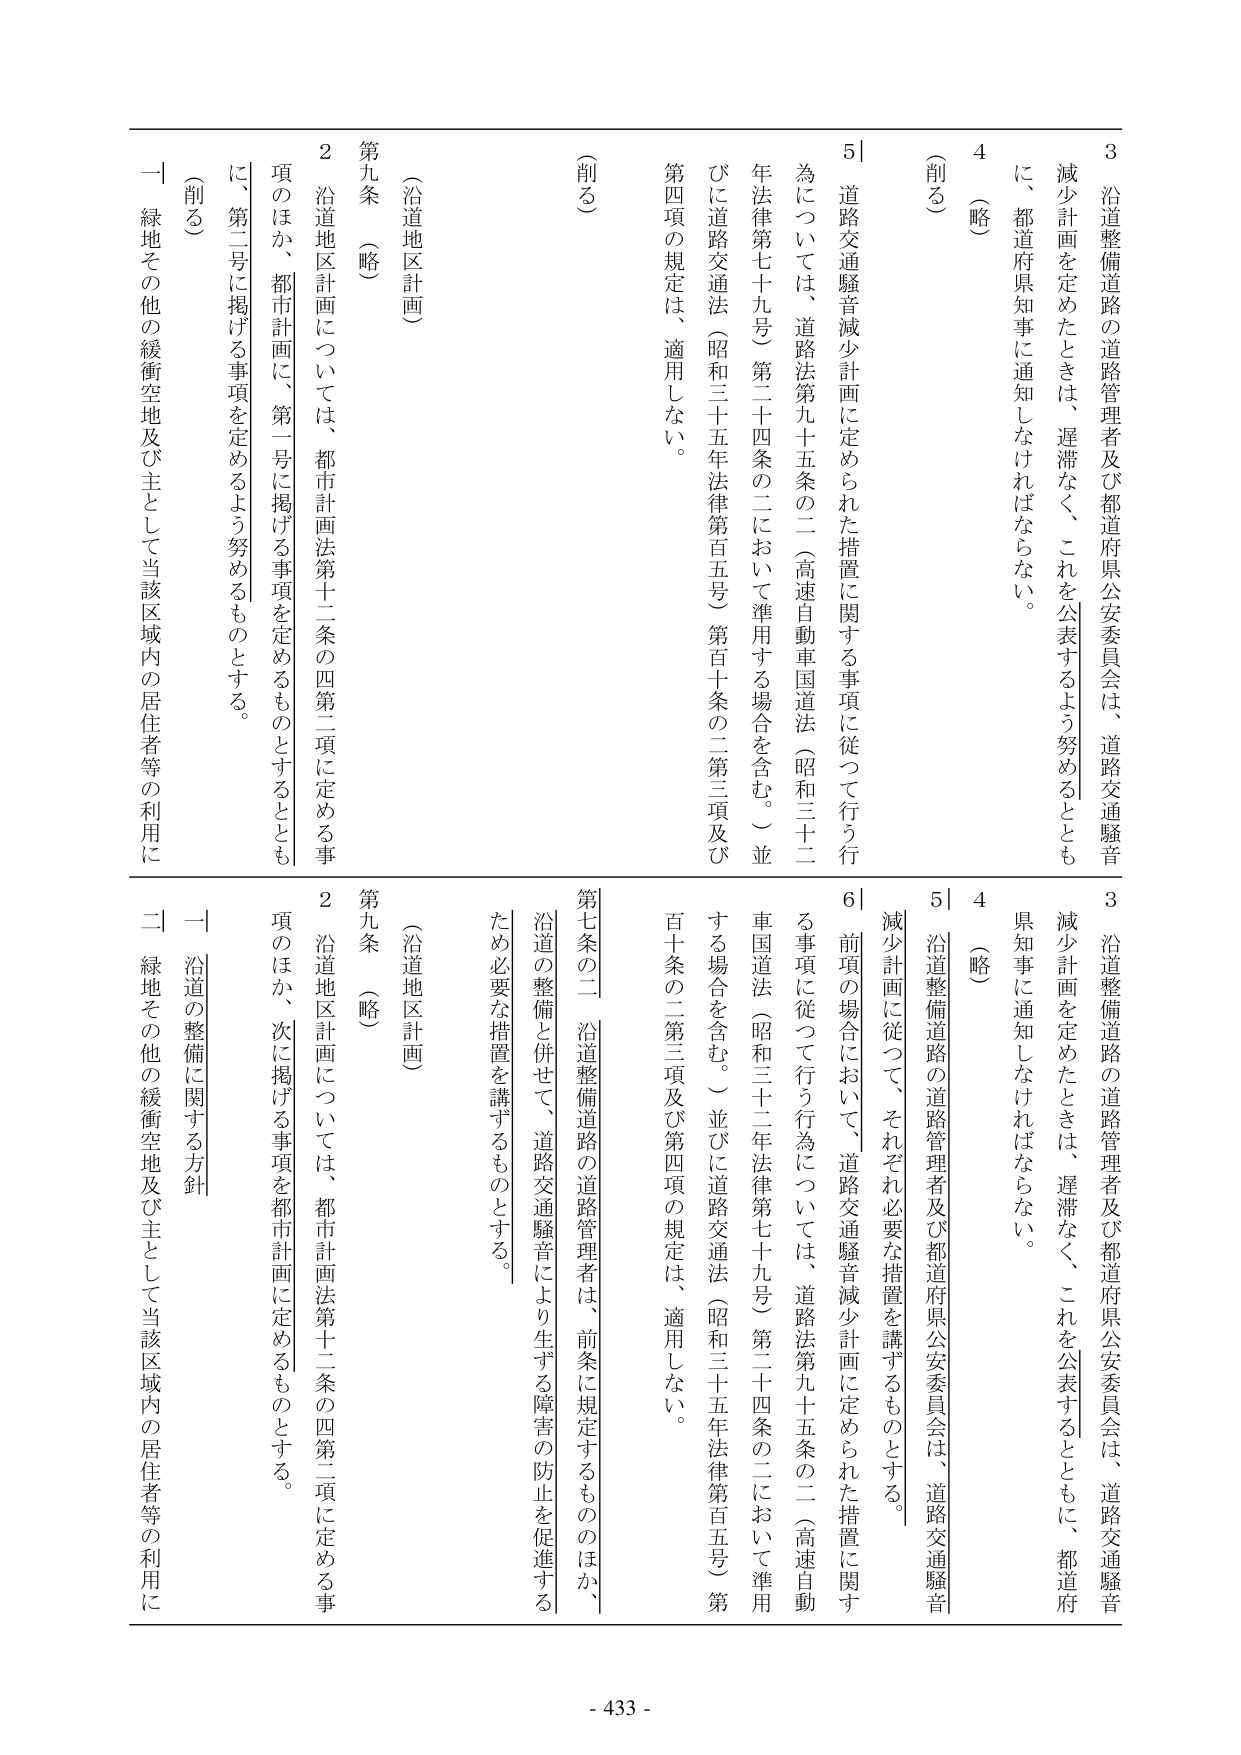
3 沿道整備道路の道路管理者及び都道府県公安委員会は、道路交通騒音減少計画を定めたときは、遅滞なく、これを公表するよう努めるとともに、都道府県知事に通知しなければならない。

4 （略）

5 道路交通騒音減少計画に定められた措置に関する事項に従って行う行為については、道路法第九十五条の二（高速自動車国道法（昭和三十二年法律第七十九号）第二十四条の二において準用する場合を含む。）並びに道路交通法（昭和三十五年法律第百五号）第百十条の二第三項及び第四項の規定は、適用しない。

（削る）

第九条 （略）

（沿道地区計画）

2 沿道地区計画については、都市計画法第十二条の四第二項に定める事項のほか、都市計画に、第一号に掲げる事項を定めるものとするとともに、第二号に掲げる事項を定めるよう努めるものとする。

（削る）

一 緑地その他の緩衝空地及び主として当該区域内の居住者等の利用に

3 沿道整備道路の道路管理者及び都道府県公安委員会は、道路交通騒音減少計画を定めたときは、遅滞なく、これを公表するとともに、都道府県知事に通知しなければならない。

4 （略）

5 沿道整備道路の道路管理者及び都道府県公安委員会は、道路交通騒音減少計画に従って、それぞれ必要な措置を講ずるものとする。

6 前項の場合において、道路交通騒音減少計画に定められた措置に関する事項に従って行う行為については、道路法第九十五条の二（高速自動車国道法（昭和三十二年法律第七十九号）第二十四条の二において準用する場合を含む。）並びに道路交通法（昭和三十五年法律第百五号）第百十条の二第三項及び第四項の規定は、適用しない。

第七条の二 沿道整備道路の道路管理者は、前条に規定するもののほか、沿道の整備と併せて、道路交通騒音により生ずる障害の防止を促進するため必要な措置を講ずるものとする。

（沿道地区計画）

第九条 （略）

2 沿道地区計画については、都市計画法第十二条の四第二項に定める事項のほか、次に掲げる事項を都市計画に定めるものとする。

一 沿道の整備に関する方針

二 緑地その他の緩衝空地及び主として当該区域内の居住者等の利用に

- 433 -